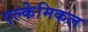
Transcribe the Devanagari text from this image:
एल्केमिकल